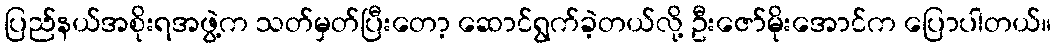
ပြည်နယ်အစိုးရအဖွဲ့က သတ်မှတ်ပြီးတော့ ဆောင်ရွက်ခဲ့တယ်လို့ ဦးဇော်မိုးအောင်က ပြောပါတယ်။